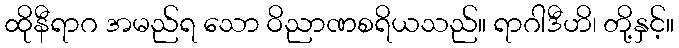
ထိုနီရာဂ အမည်ရ သော ဝိညာဏစရိယသည်။ ရာဂါဒီဟိ၊ တို့နှင့်။